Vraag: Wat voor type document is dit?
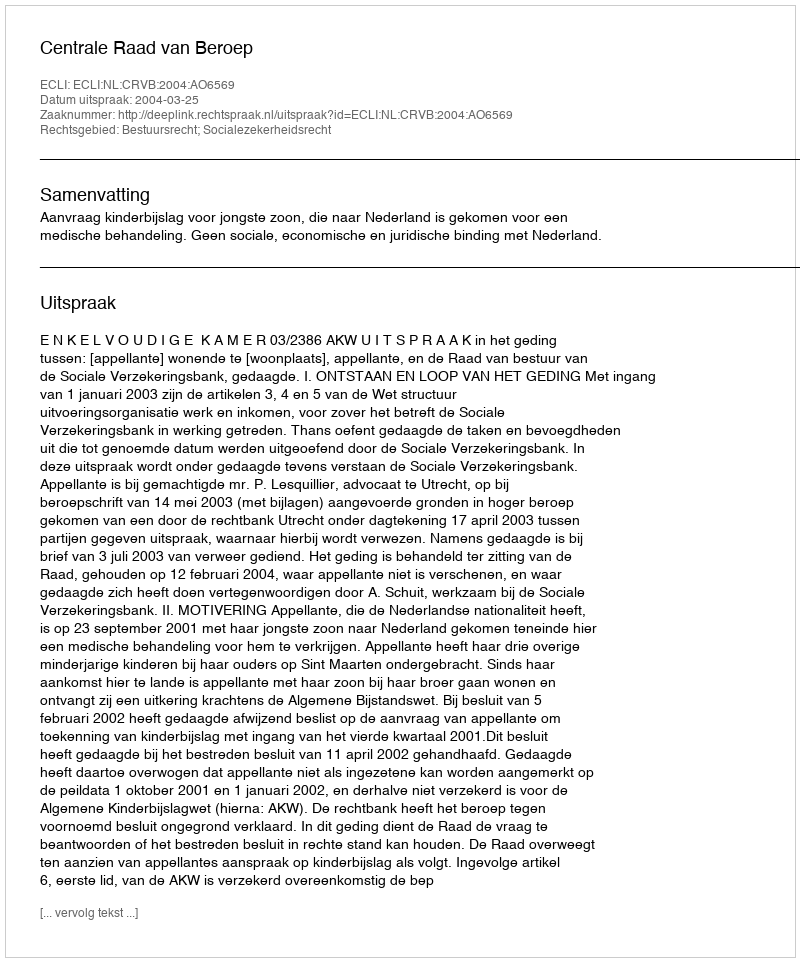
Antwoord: Uitspraak